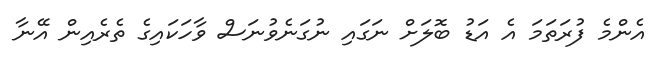
އެންމެ ފުރަތަމަ އެ އަޑު ބޮލަށް ނަގައި ނުގަނެވުނަސް ވާހަކައިގެ ތެރެއިން އޭނާ